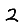
Digit: 2